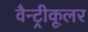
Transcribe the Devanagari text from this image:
वैन्ट्रीकूलर